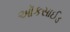
ઑકસાઈડ